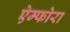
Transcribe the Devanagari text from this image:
ऐम्फोरा